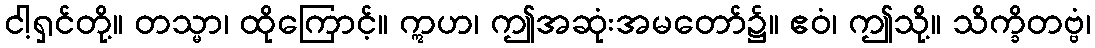
ငါ့ရှင်တို့။ တသ္မာ၊ ထိုကြောင့်။ ဣဟ၊ ဤအဆုံးအမတော်၌။ ဧဝံ၊ ဤသို့။ သိက္ခိတဗ္ဗံ၊